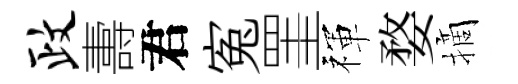
政夀君寃罣禈婺摘